Annual report of the Punjab Veterinary College and of the Civil Veterinary Department, Punjab - 1894-1908
Year: 1894
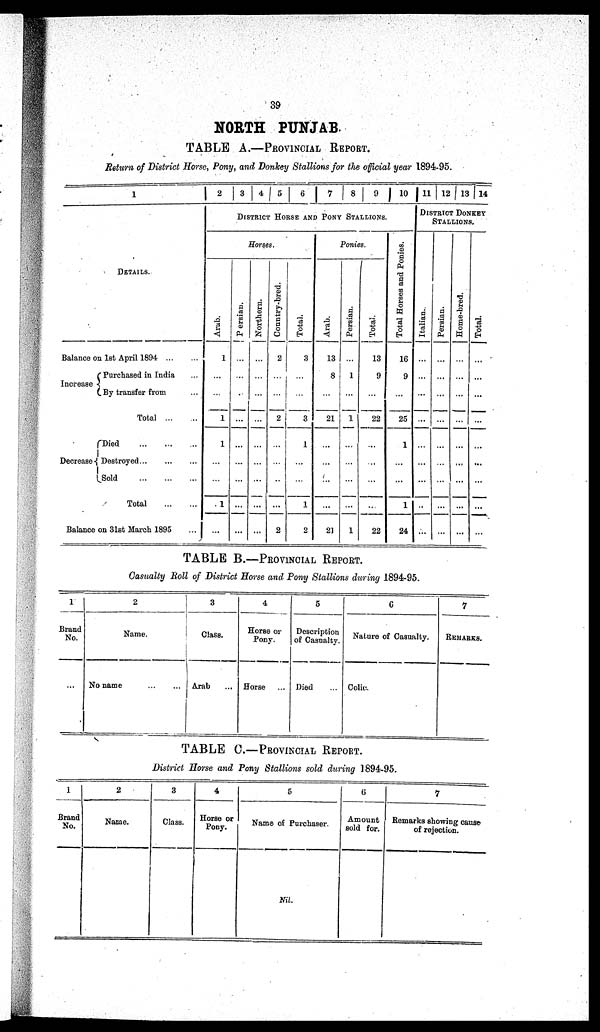
39
NORTH PUNJAB.
TABLE A.—PROVINCIAL REPORT.
Return of District Horse, Pony, and Donkey Stallions for the official year 1894-95.
1
DITAILS.
Balance on 1st April 1894
...
...
Increase
Purchased in India ...
By transfer from ...
Total
...
...
Decreased
Died ... ... ...
Destroyed ... ... ...
Sold
...
...
...
Total
...
...
Balance on 31st March 1895 ...
2 3 4 5 6 7 8 9 10
DISTRICT HORSE AND PONY STALLIONS.
Horses.
Arab.
1
...
...
1
1
...
...
1
...
Persian.
...
...
..
...
...
...
...
...
...
Northern.
...
...
...
...
...
...
...
...
...
Country-bred.
2
...
...
2
...
..
..
...1
2
Total.
3
...
...
3
1
...
...
1
2
Ponies.
Arab.
13
8
...
21
...
...
...
...
21
Persian.
...
1
...
1
...
...
...
...
1
Total.
13
9
...
22
...
...
...
...
22
Total Horses and Ponies.
16
9
...
25
1
...
...
1
24
11 12 13 14
DISTRICT DONKEY
STALLIONS.
I t al i an.
...
...
...
...
...
...
...
..
...
Per s i
an.
...
...
...
...
...
...
...
...
Home -
br e d.
...
...
...
...
...
...
...
...
...
Tot al .
...
...
...
...
...
...
...
...
...
TABLE B.—PROVINCIAL REPORT.
Casualty Roll of District Horse and Pony Stallions during 1894-95.
1
Brand
No.
...
2
Name.
No name
...
...
3
Class.
Arab ...
4
Horse or
Pony.
Horse ...
5
Description
of Casualty.
Died ...
6
Nature of Casualty.
Colic.
7
REMARKS.
TABLE C.—PROVINCIAL REPORT.
District Horse and Pony Stallions sold during 1894-95.
1
Brand
No.
2
Name.
3
Class.
4
Horse or
Pony.
5
Name of Purchaser.
Nil.
6
Amount
sold for.
7
Remarks showing cause
of rejection.